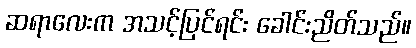
ဆရာလေးက အသင့်ပြင်ရင်း ခေါင်းညိတ်သည်။